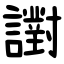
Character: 譵